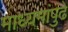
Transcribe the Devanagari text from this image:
माध्यमांपुढे